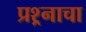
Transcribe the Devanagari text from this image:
प्रश्र्नाचा